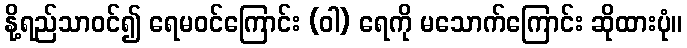
နို့ရည်သာဝင်၍ ရေမဝင်ကြောင်း (ဝါ) ရေကို မသောက်ကြောင်း ဆိုထားပုံ။